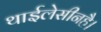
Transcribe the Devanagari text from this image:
थाईलेसीनहै।